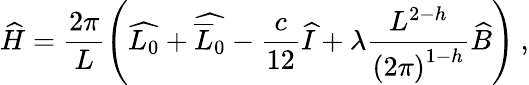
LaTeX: \widehat{H}=\displaystyle\frac{2\pi}{L}\left(\widehat{L_{0}}+\widehat{\overline{{{L}}}_{0}}-\displaystyle\frac{c}{12}\widehat{I}+\lambda\displaystyle\frac{L^{2-h}}{\left(2\pi\right)^{1-h}}\widehat{B}\right)\: ,